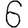
Digit: 6